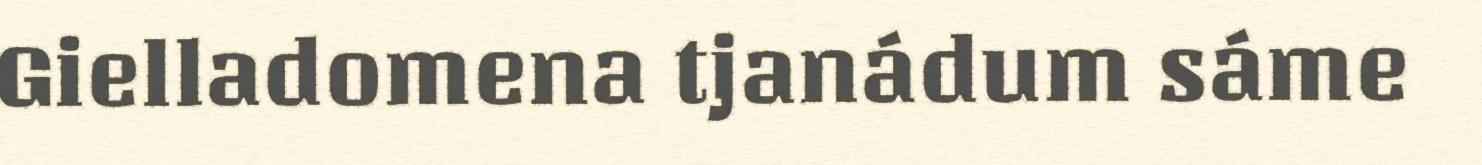
Gielladomena tjanádum sáme